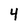
Character: 4